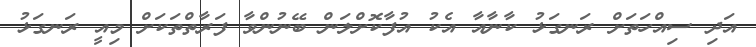
އަދި ސިއްހަތަށް ރަނގަޅު ކާނާއާ އެކު އުފާކޮށްލަން ބޭނުންވާ ފަރާތްތަކަށް މިއީ ރަނގަޅު